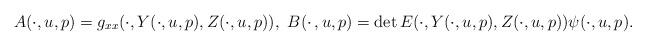
LaTeX: \begin{align*}A(\cdot,u,p)=g_{xx}(\cdot,Y(\cdot,u,p),Z(\cdot,u,p)), \ B(\cdotp,u,p)=\det E(\cdot,Y(\cdot,u,p),Z(\cdot,u,p))\psi(\cdot,u,p). \end{align*}